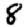
Digit: 8